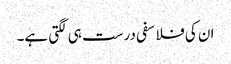
ان کی فلاسفی درست ہی لگتی ہے۔